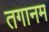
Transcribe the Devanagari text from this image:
तगानम